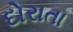
દોરાતા